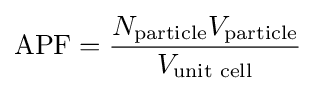
\mathrm {APF} ={\frac {N_{\mathrm {particle} }V_{\mathrm {particle} }}{V_{\text{unit cell}}}}